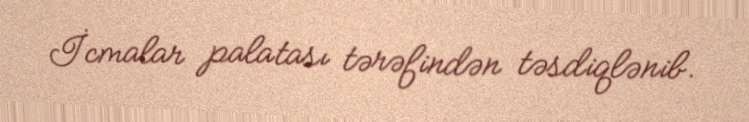
İcmalar palatası tərəfindən təsdiqlənib.